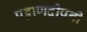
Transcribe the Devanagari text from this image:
पट्ठाणदीपनी